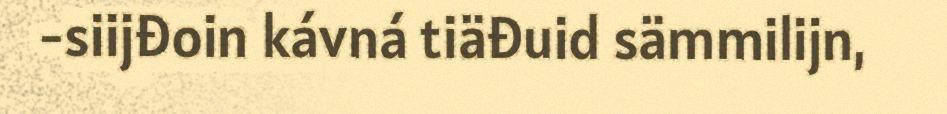
-siijđoin kávná tiäđuid sämmilijn,